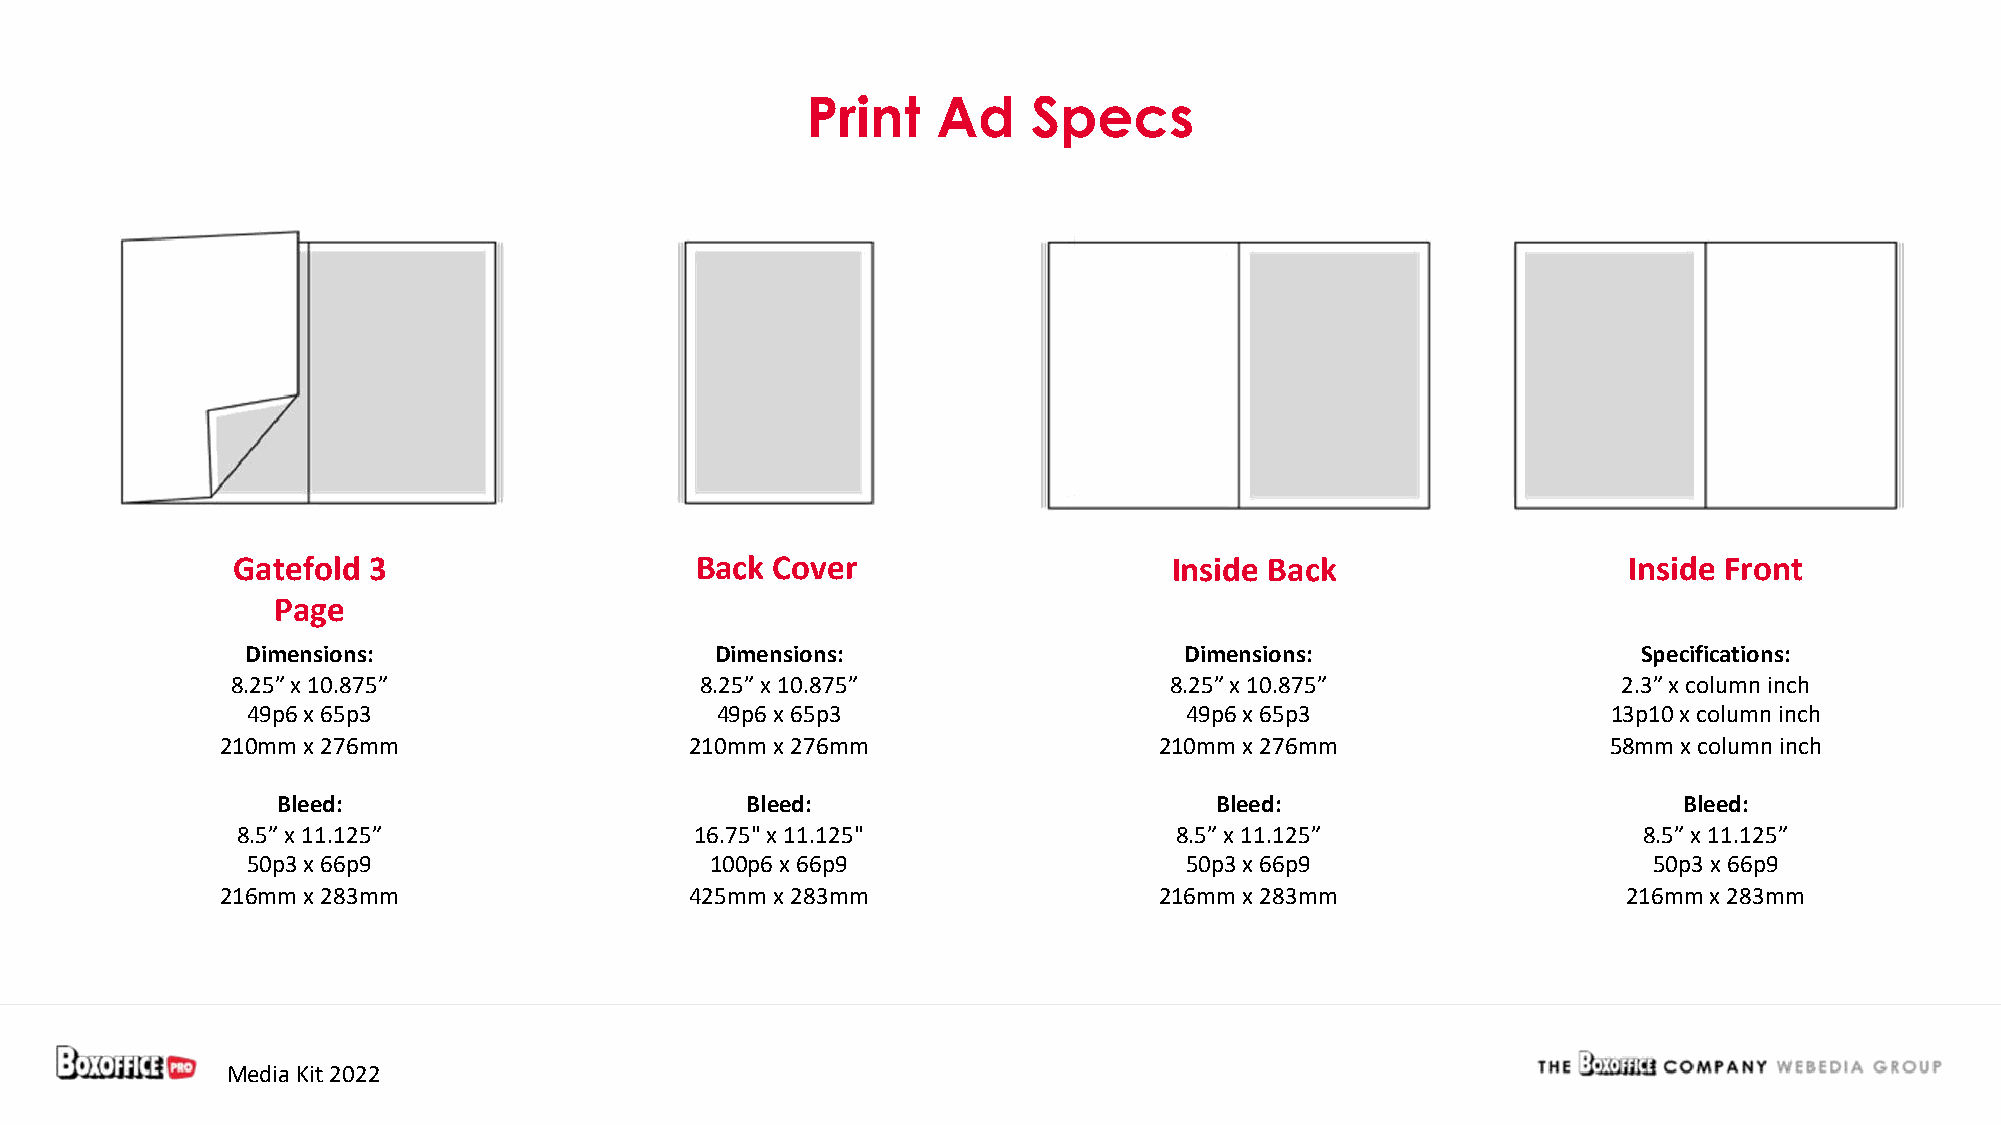
Print    Ad    Specs
 Gatefold 3                     Back Cover                      Inside Back                   Inside Front
 Page
 Dimensions:                    Dimensions:                    Dimensions:                    Specifications:
 8.25” x 10.875”                8.25” x 10.875”                8.25” x 10.875”               2.3” x column inch
 49p6 x 65p3                    49p6 x 65p3                    49p6 x 65p3                  13p10 x column inch
 210mm x 276mm                  210mm x 276mm                  210mm x 276mm                 58mm x column inch
 Bleed:                         Bleed:                         Bleed:                         Bleed:
 8.5” x 11.125”                16.75" x 11.125"                8.5” x 11.125”                 8.5” x 11.125”
 50p3 x 66p9                    100p6 x 66p9                   50p3 x 66p9                    50p3 x 66p9
 216mm x 283mm                  425mm x 283mm                  216mm x 283mm                  216mm x 283mm
 Media Kit 2022